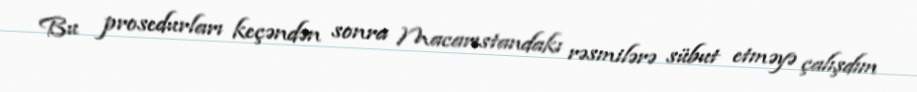
Bu prosedurları keçəndən sonra Macarıstandakı rəsmilərə sübut etməyə çalışdım